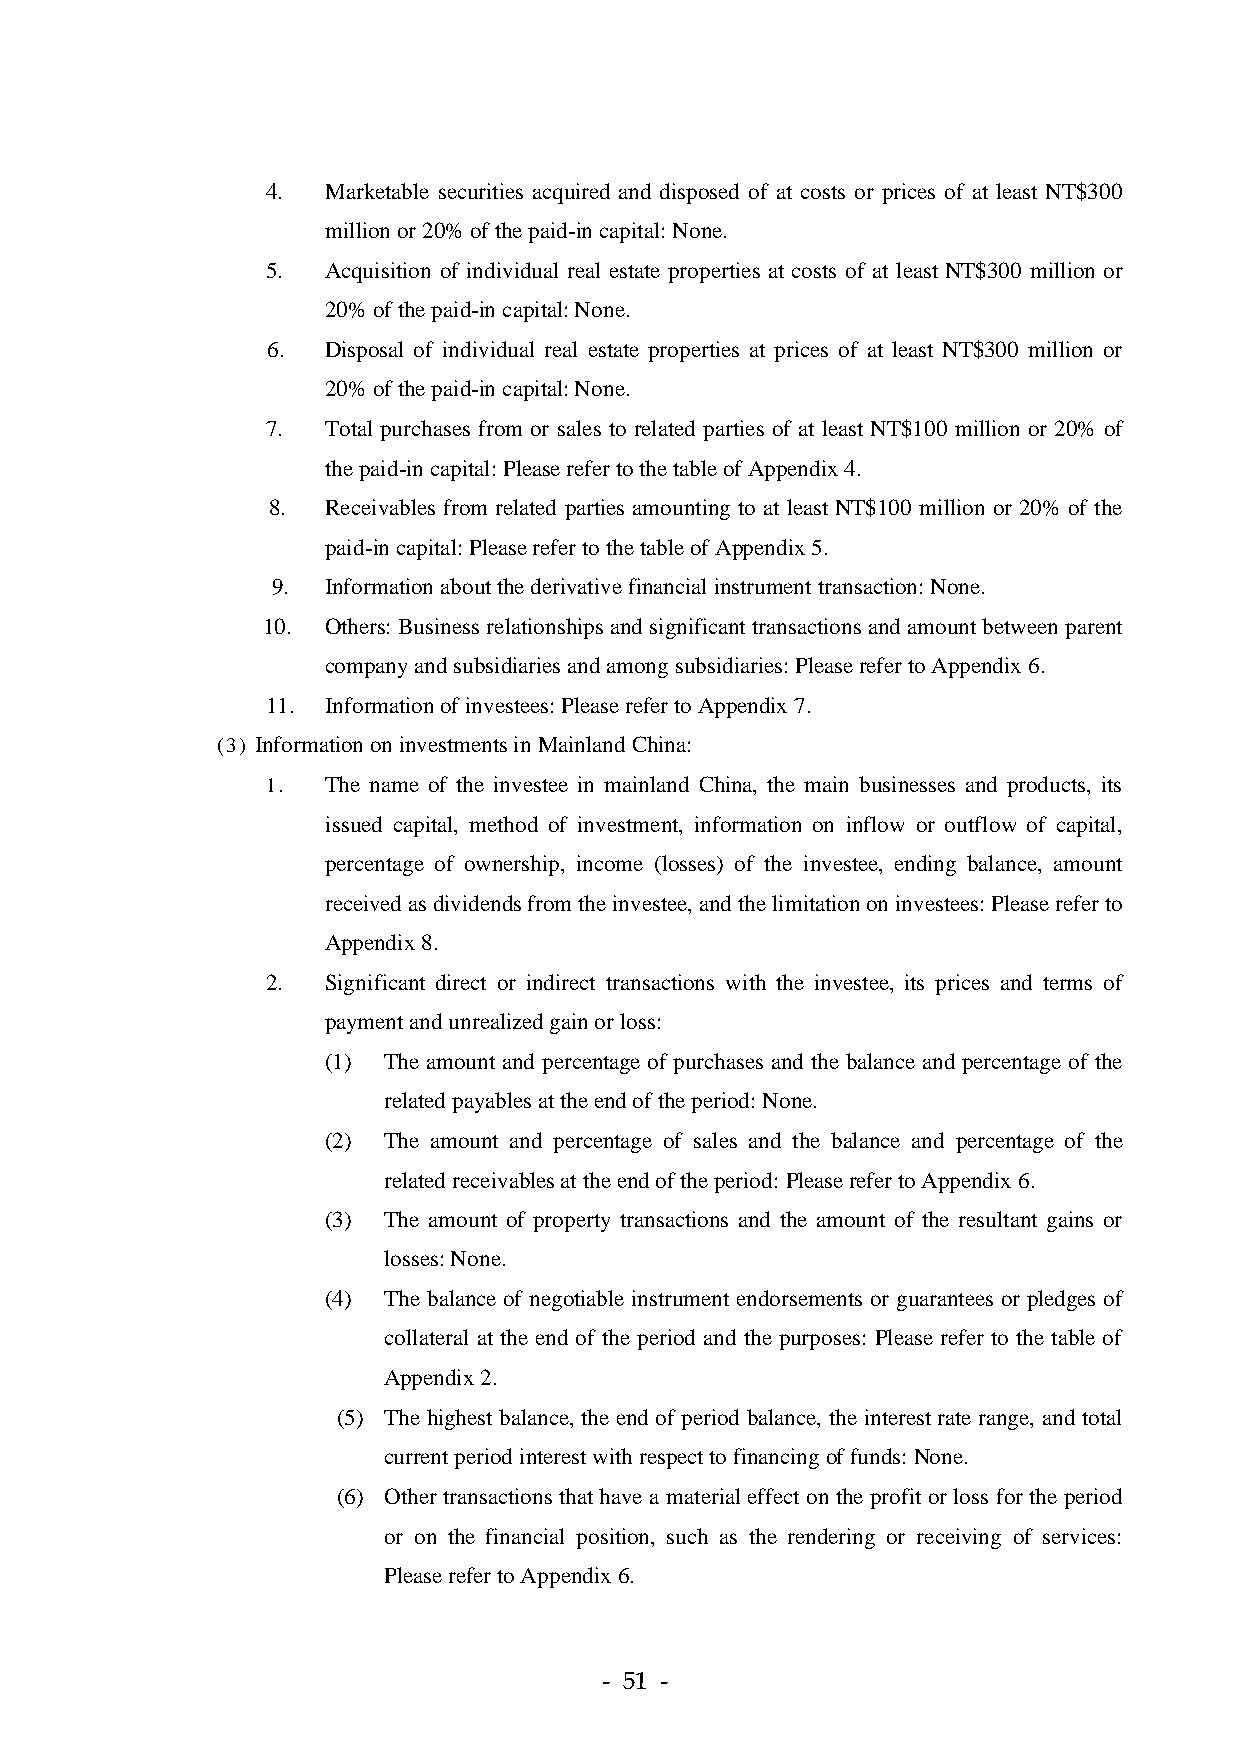
4.  Marketable securities acquired and disposed of at costs or prices of at least NT$300
 million or 20% of the paid-in capital: None.
 5.  Acquisition of individual real estate properties at costs of at least NT$300 million or
 20% of the paid-in capital: None.
 6.  Disposal of individual real estate properties at prices of at least NT$300 million or
 20% of the paid-in capital: None.
 7.  Total purchases from or sales to related parties of at least NT$100 million or 20% of
 the paid-in capital: Please refer to the table of Appendix 4.
 8.  Receivables from related parties amounting to at least NT$100 million or 20% of the
 paid-in capital: Please refer to the table of Appendix 5.
 9.  Information about the derivative financial instrument transaction: None.
 10.  Others: Business relationships and significant transactions and amount between parent
 company and subsidiaries and among subsidiaries: Please refer to Appendix 6.
 11. Information of investees: Please refer to Appendix 7.
 (3) Information on investments in Mainland China:
 1.  The name of the investee in mainland China, the main businesses and products, its
 issued capital, method of investment, information on inflow or outflow of capital,
 percentage of ownership, income (losses) of the investee, ending balance, amount
 received as dividends from the investee, and the limitation on investees: Please refer to
 Appendix 8.
 2.  Significant direct or indirect transactions with the investee, its prices and terms of
 payment and unrealized gain or loss:
 (1) The amount and percentage of purchases and the balance and percentage of the
 related payables at the end of the period: None.
 (2) The amount and percentage of sales and the balance and percentage of the
 related receivables at the end of the period: Please refer to Appendix 6.
 (3) The amount of property transactions and the amount of the resultant gains or
 losses: None.
 (4) The balance of negotiable instrument endorsements or guarantees or pledges of
 collateral at the end of the period and the purposes: Please refer to the table of
 Appendix 2.
 (5) The highest balance, the end of period balance, the interest rate range, and total
 current period interest with respect to financing of funds: None.
 (6) Other transactions that have a material effect on the profit or loss for the period
 or on the financial position, such as the rendering or receiving of services:
 Please refer to Appendix 6.
 - 51 -